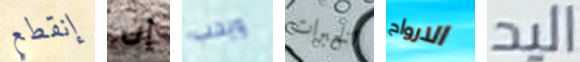
إنقطع إن ويحب الخبرات الارواح اليد